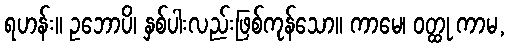
ရဟန်း။ ဥဘောပိ၊ နှစ်ပါးလည်းဖြစ်ကုန်သော။ ကာမေ၊ ဝတ္ထု ကာမ,